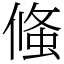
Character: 䖺